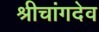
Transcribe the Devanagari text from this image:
श्रीचांगदेव